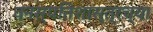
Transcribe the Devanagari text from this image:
वनस्पतिशास्त्रच्या